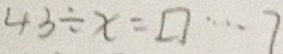
4 3 \div x = \square \cdots 7